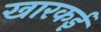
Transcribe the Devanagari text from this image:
खारकई